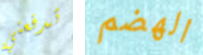
تدفعني الهضم